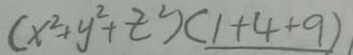
( x ^ { 2 } + y ^ { 2 } + z ^ { 2 } ) ( 1 + 4 + 9 )